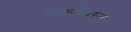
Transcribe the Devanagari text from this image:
लोकरीवरून